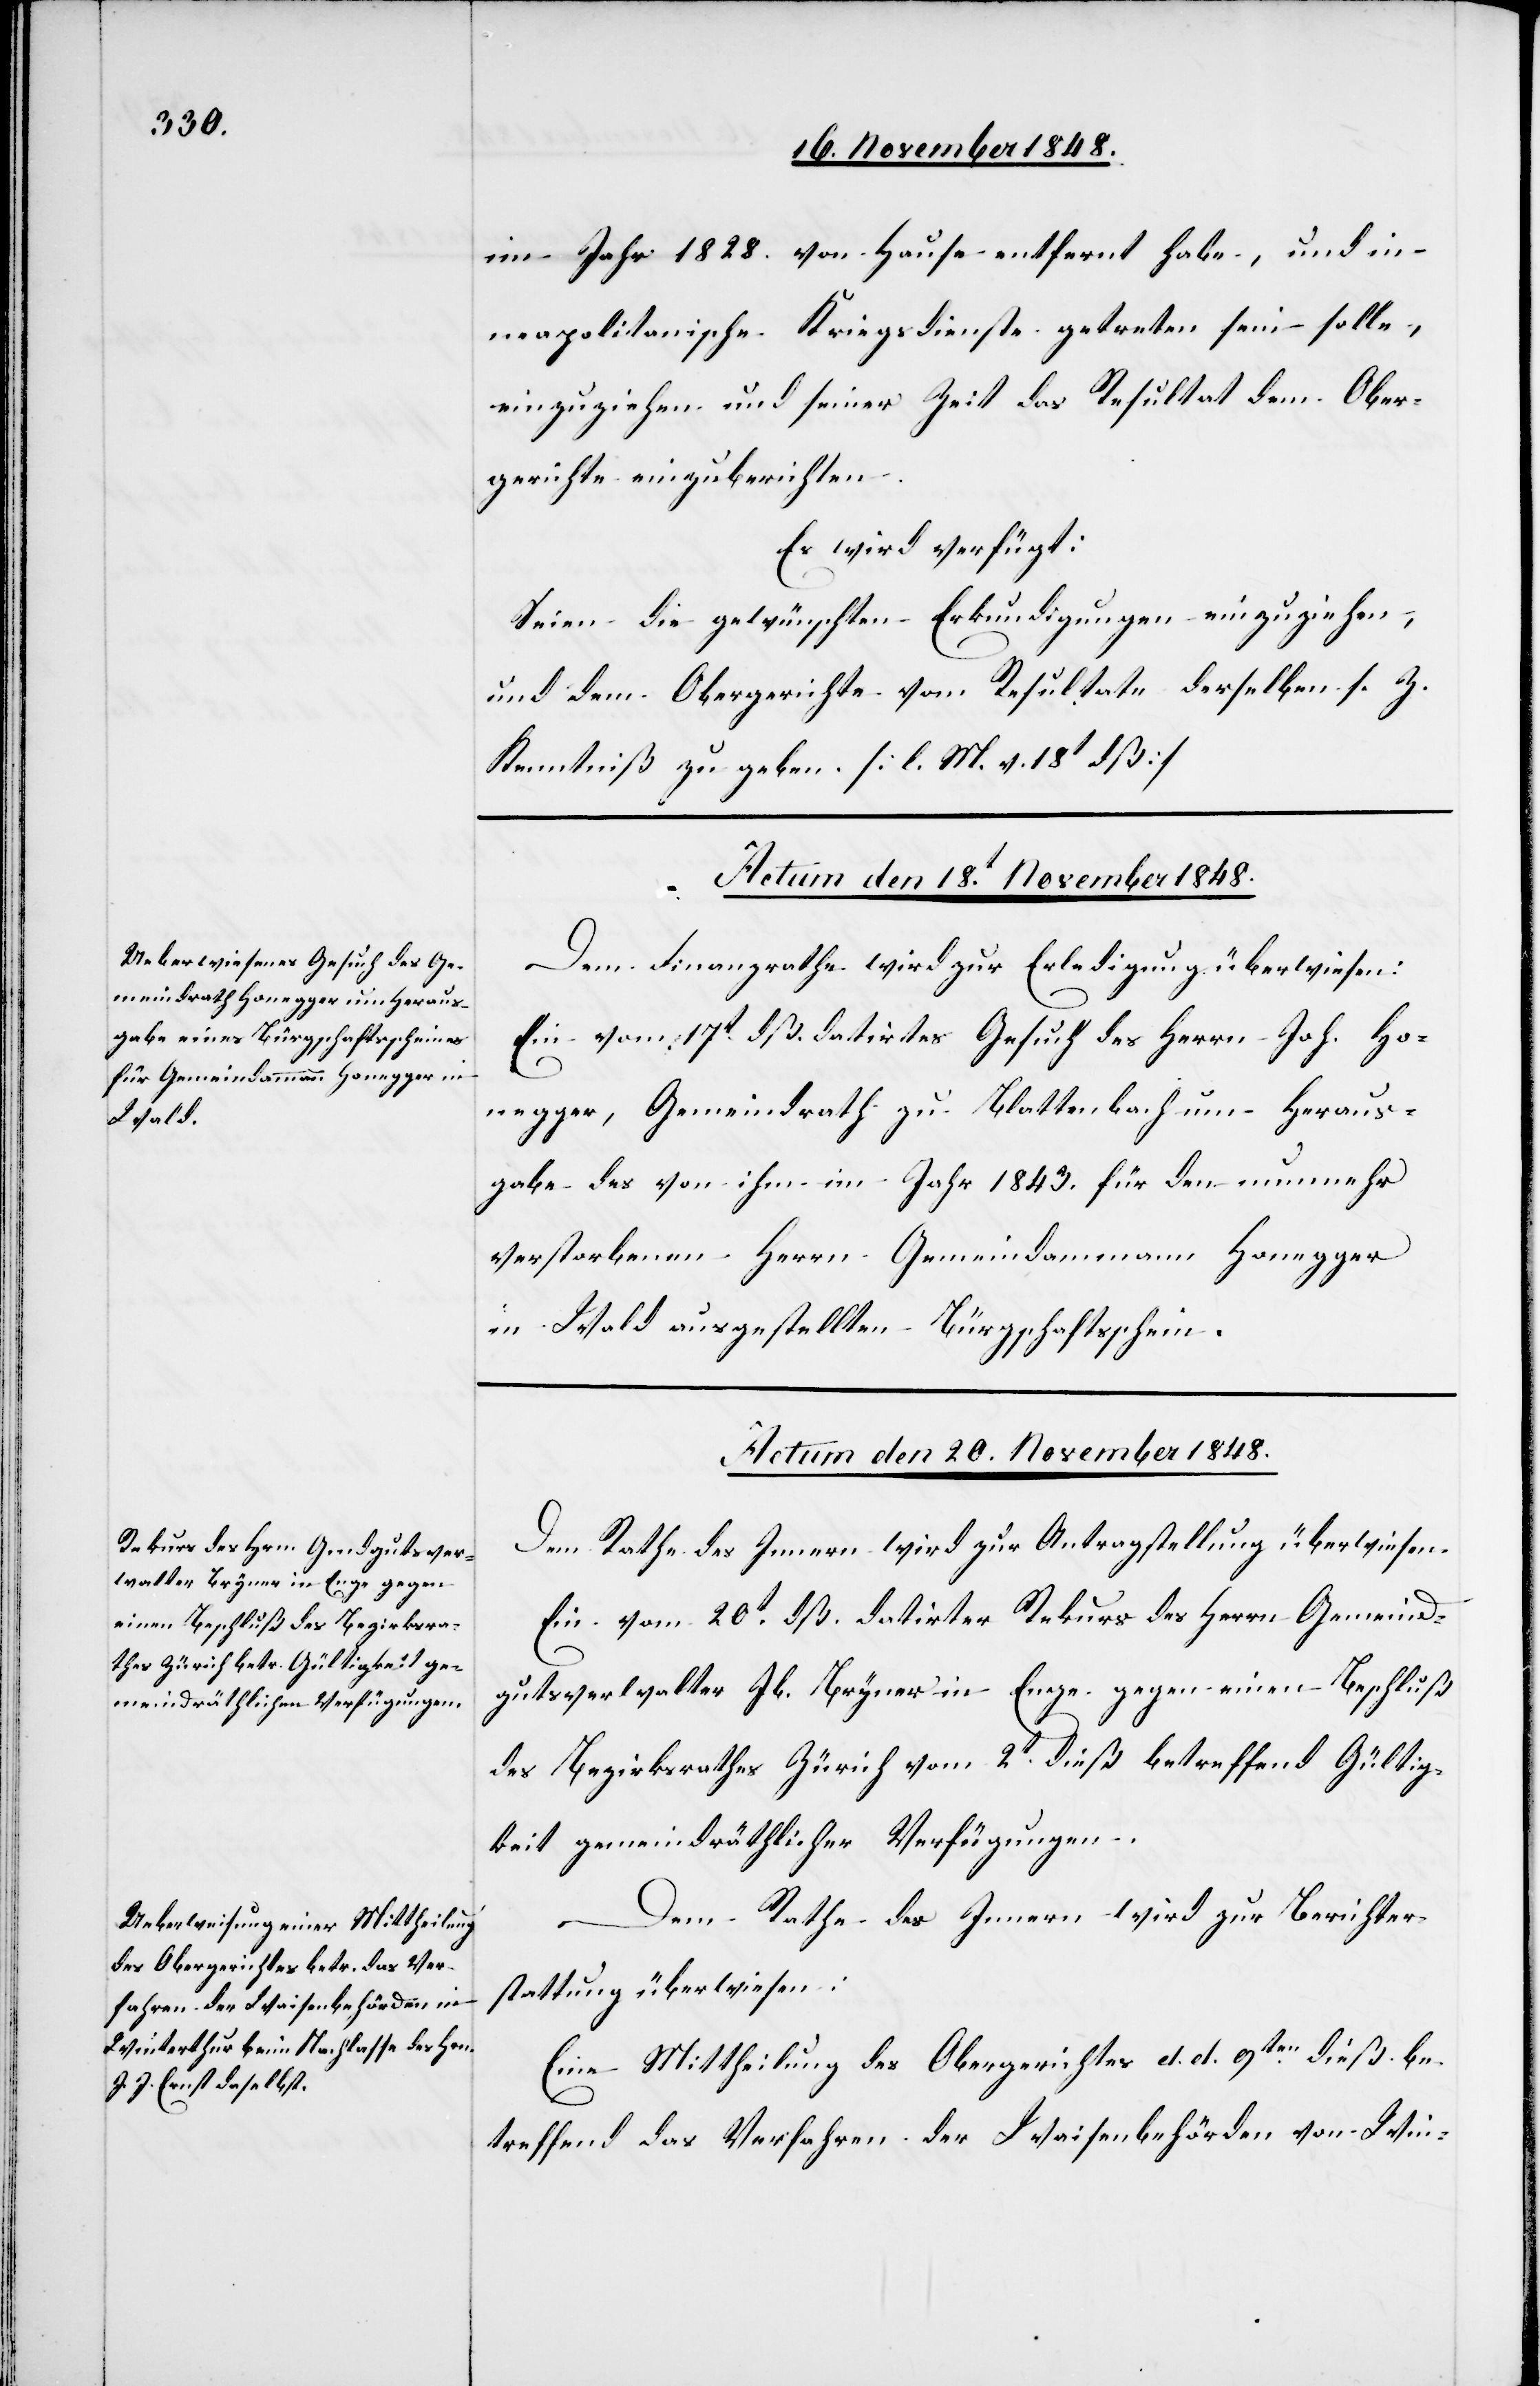
im Jahr 1828. von Hause entfernt habe, und in
neapolitanische Kriegsdienste getreten sein solle,
einzuziehen und seiner Zeit das Resultat dem Ober¬
gerichte einzuberichten.
Es wird verfügt:
Seien die gewünschten Erkundigungen einzuziehen,
und dem Obergerichte vom Resultate derselben s. Z.
Kenntniß zu geben. [l. M. v. 18t dß.]
Actum den 18t November 1848.
Dem Finanzrathe wird zur Erledigung überwiesen:
Ein vom 17t dß. datirtes Gesuch des Herrn Joh. Ho¬
negger, Gemeindrath zu Blattenbach um Heraus¬
gabe des von ihm im Jahr 1843. für den nunmehr
verstorbenen Herrn Gemeindammann Honegger
in Wald ausgestellten Bürgschaftsschein.
Actum den 20. November 1848.]
Dem Rathe des Innern wird zur Antragstellung überwiesen:
Ein vom 20t dß. datirter Rekurs des Herrn Gemeind¬
gutsverwalter Jb. Bryner in Enge gegen einen Beschluß
des Bezirksrathes Zürich vom 2t dieß betreffend Gültig¬
keit gemeindräthlicher Verfügungen.
Dem Rathe des Innern wird zur Berichter¬
stattung überwiesen:
Eine Mittheilung des Obergerichtes d. d. 9ten dieß be¬
treffend das Verfahren der Waisenbehörden von Win-